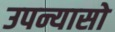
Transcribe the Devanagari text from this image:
उपन्यासो